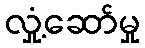
လှုံ့ဆော်မှု